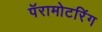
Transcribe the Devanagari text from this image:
पॅरामोटरिंग